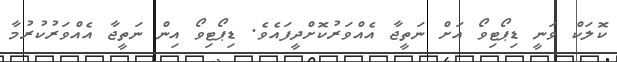
ކޮލަކް ވަނީ ޑިޕޯޓިވޯ އަށް ނަތީޖާ އެއްވަރުކޮށްދީފައެވެ. ޑިޕޯޓިވޯ އިން ނަތީޖާ އެއްވަރުކުރުމާ